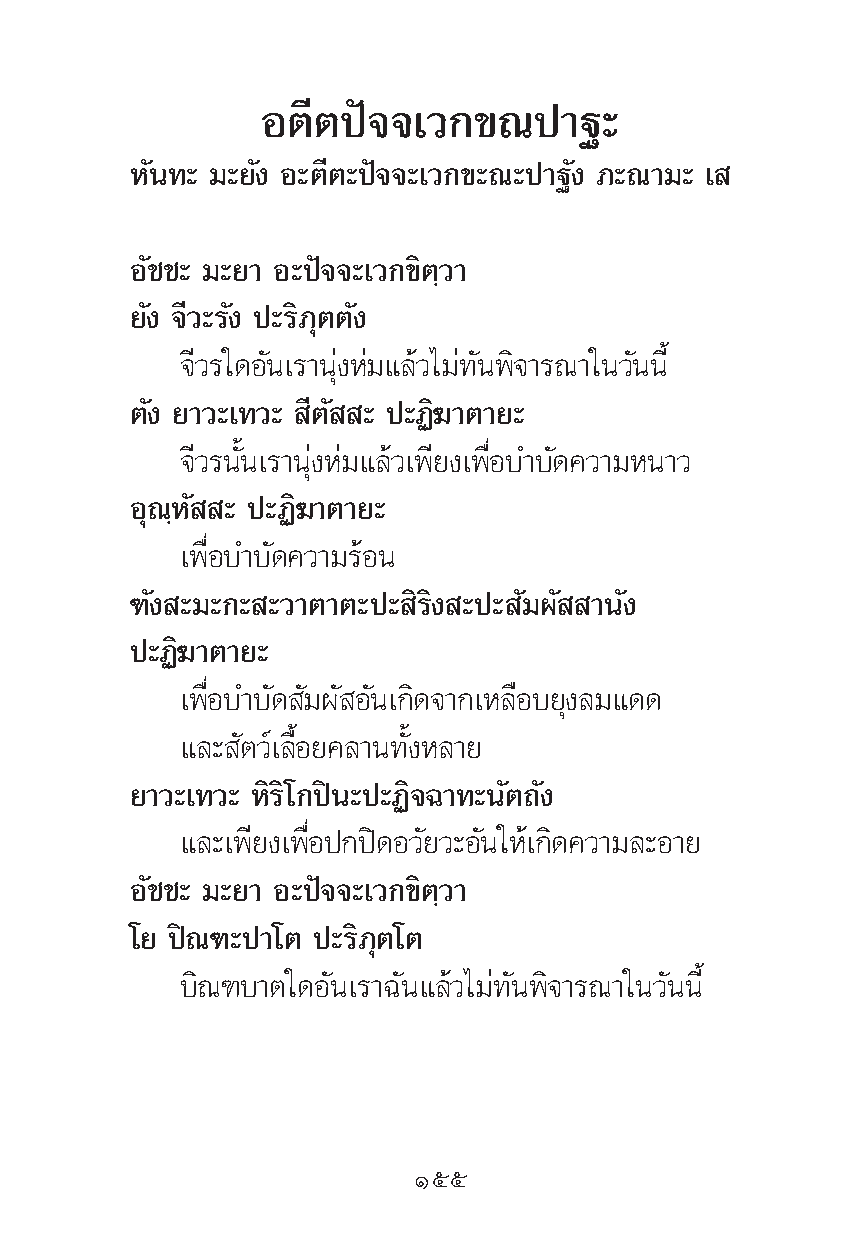
Õμ’μªí®®‡«°¢≥ª“∞–
 À—π∑– ¡–¬—ß Õ–μ’μ–ªí®®–‡«°¢–≥–ª“∞—ß ¿–≥“¡– ‡
 Õ—™™– ¡–¬“ Õ–ªí®®–‡«°¢‘μ⁄«“
 ¬—ß ®’«–√—ß ª–√‘¿ÿμμ—ß
 ®’«√„¥Õ—π‡√“πÿàßÀà¡·≈â«‰¡à∑—πæ‘®“√≥“„π«—ππ’È
 μ—ß ¬“«–‡∑«– ’μ— – ª–Ø‘¶“μ“¬–
 ®’«√π—Èπ‡√“πÿàßÀà¡·≈â«‡æ’¬ß‡æ◊ËÕ∫”∫—¥§«“¡Àπ“«
 Õÿ≥⁄À— – ª–Ø‘¶“μ“¬–
 ‡æ◊ËÕ∫”∫—¥§«“¡√âÕπ
 ±—ß –¡–°– –«“μ“μ–ª– ‘√‘ß –ª– —¡º— “π—ß
 ª–Ø‘¶“μ“¬–
 ‡æ◊ËÕ∫”∫—¥ —¡º— Õ—π‡°‘¥®“°‡À≈◊Õ∫¬ÿß≈¡·¥¥
 ·≈– —μ«å‡≈◊ÈÕ¬§≈“π∑—ÈßÀ≈“¬
 ¬“«–‡∑«– À‘√‘‚°ªîπ–ª–Ø‘®©“∑–π—μ∂—ß
 ·≈–‡æ’¬ß‡æ◊ËÕª°ªî¥Õ«—¬«–Õ—π„Àâ‡°‘¥§«“¡≈–Õ“¬
 Õ—™™– ¡–¬“ Õ–ªí®®–‡«°¢‘μ⁄«“
 ‚¬ ªî≥±–ª“‚μ ª–√‘¿ÿμ‚μ
 ∫‘≥±∫“μ„¥Õ—π‡√“©—π·≈â«‰¡à∑—πæ‘®“√≥“„π«—ππ’È
 Òıı